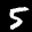
Label: 5